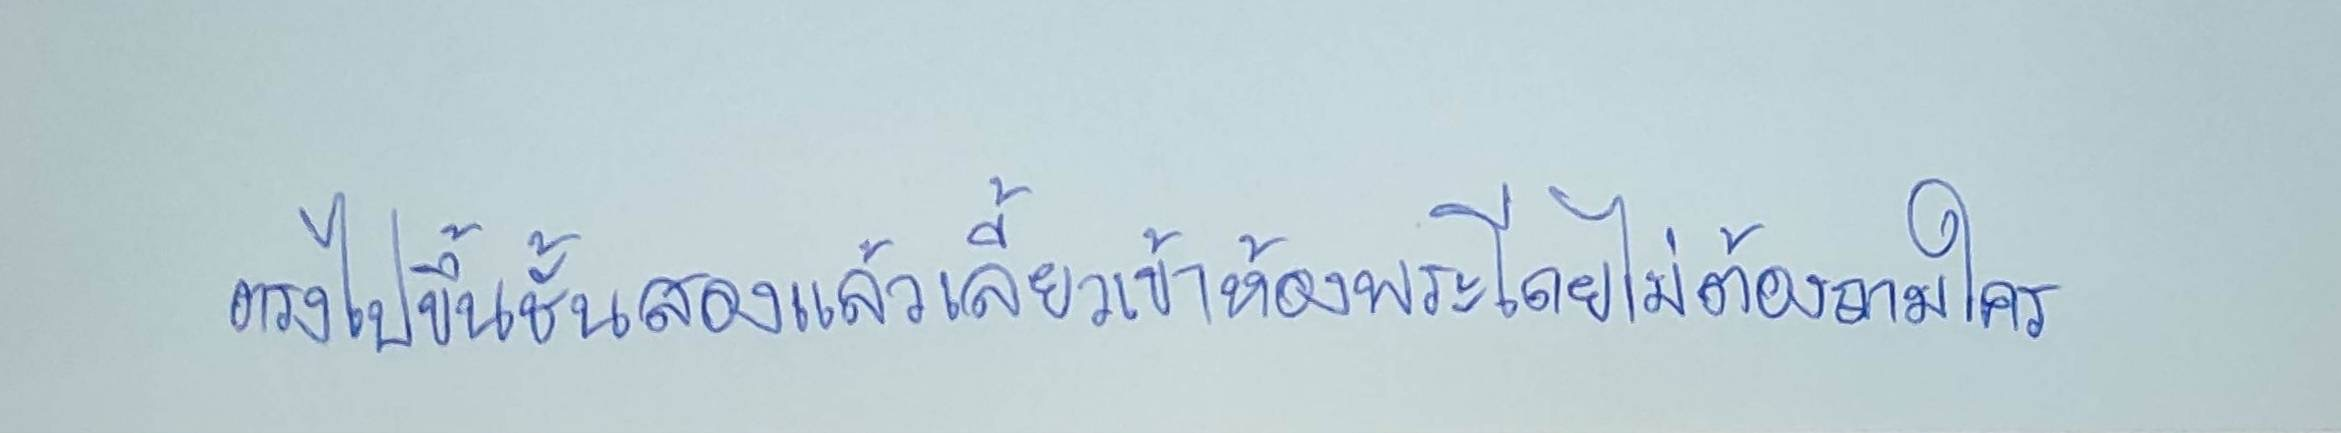
ตรงไปขึ้นชั้นสองแล้วเลี้ยวเข้าห้องพระโดยไม่ต้องถามใคร